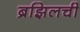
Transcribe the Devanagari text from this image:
ब्रझिलची